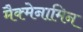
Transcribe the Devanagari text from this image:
मैक्मेनामिन